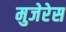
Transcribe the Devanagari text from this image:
मुजेरेस